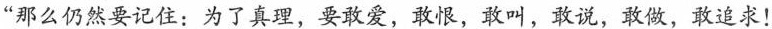
“那么仍然要记住:为了真理，要敢爱，敢恨，敢叫，敢说，敢做，敢追求!